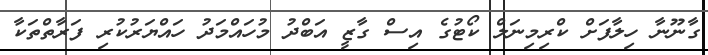
ގާނޫނާ ހިލާފަށް ކްރިމިނަލް ކޯޓުގެ އިސް ގާޒީ އަބްދު މުހައްމަދު ހައްޔަރުކުރި ފަރާތްތަކާ